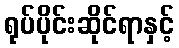
ရုပ်ပိုင်းဆိုင်ရာနှင့်